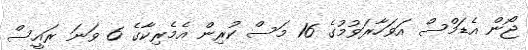
ޖޯން އެޑަމްސް އަވަހާރަވުމުގެ 16 މަސް ކުރިން އެމެރިކާގެ 6 ވަނަ ރައީސް